Indian journal of veterinary science and animal husbandry - Volumes 26-27, 1956-1957
Year: 1956
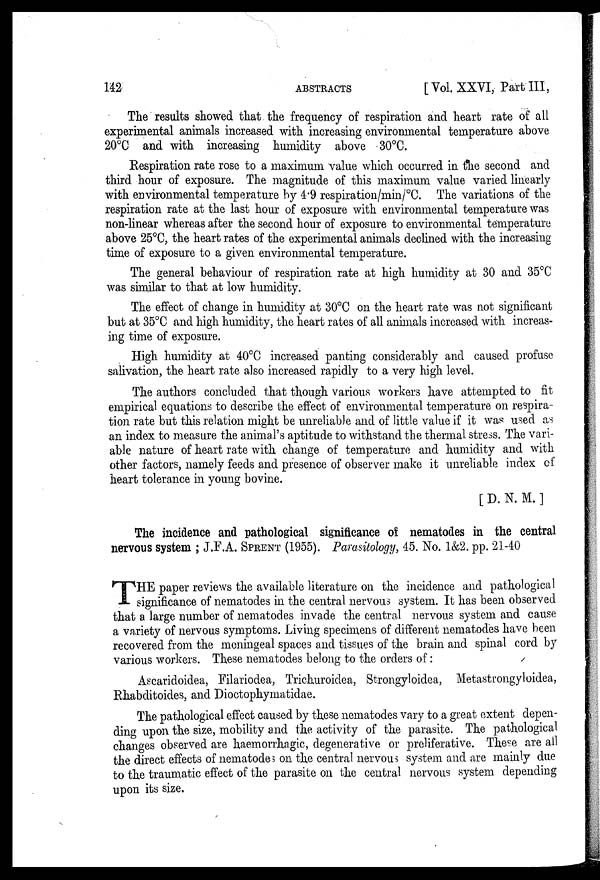
142
ABSTRACTS
[ Vol. XXVI, Part III,
The results showed that the frequency of respiration and heart rate of all
experimental animals increased with increasing environmental temperature above
20°C and with increasing humidity above 30°C.
Respiration rate rose to a maximum value which occurred in the second and
third hour of exposure. The magnitude of this maximum value varied linearly
with environmental temperature by 4.9 respiration/min/°C. The variations of the
respiration rate at the last hour of exposure with environmental temperature was
non-linear whereas after the second hour of exposure to environmental temperature
above 25°C, the heart rates of the experimental animals declined with the increasing-
time of exposure to a given environmental temperature.
The general behaviour of respiration rate at high humidity at 30 and 35°C
was similar to that at low humidity.
The effect of change in humidity at 30°C on the heart rate was not significant
but at 35°C and high humidity, the heart rates of all animals increased with increas-
ing time of exposure.
High humidity at 40°C increased panting considerably and caused profuse
salivation, the heart rate also increased rapidly to a very high level.
The authors concluded that though various workers have attempted to fit
empirical equations to describe the effect of environmental temperature on respira-
tion rate but this relation might be unreliable and of little value if it was used as
an index to measure the animal's aptitude to withstand the thermal stress. The vari-
able nature of heart rate with change of temperature and humidity and with
other factors, namely feeds and presence of observer make it unreliable index of
heart tolerance in young bovine.
[ D. N. M. ]
The incidence and pathological significance of nematodes in the central
nervous system ; J.F.A. SPRENT (1955). Parasitology, 45. No. 1&2. pp. 21-40
T HE paper reviews the available literature on the incidence and pathological
significance of nematodes in the central nervous system. It has been observed
that a large number of nematodes invade the central nervous system and cause
a variety of nervous symptoms. Living specimens of different nematodes have been
recovered from the meningeal spaces and tissues of the brain and spinal cord by
various workers. These nematodes belong to the orders of:
Ascaridoidea, Filariodea, Trichuroidea, Strongyloidea, Metastrongyloidea,
Rhabditoides, and Dioctophymatidae.
The pathological effect caused by these nematodes vary to a great extent depen-
ding upon the size, mobility and the activity of the parasite. The pathological
changes observed are haemorrhagic, degenerative or preliferative. These are all
the direct effects of nematodes on the central nervous system and are mainly due
to the traumatic effect of the parasite on the central nervous system depending
upon its size.